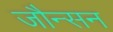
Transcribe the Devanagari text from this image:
जौन्सन